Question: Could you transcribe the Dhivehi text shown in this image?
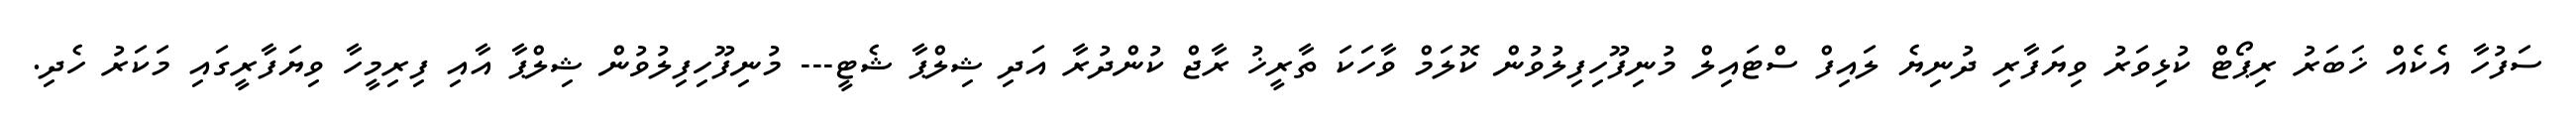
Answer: ސަފުހާ އެކެއް ޚަބަރު ރިޕޯޓް ކުޅިވަރު ވިޔަފާރި ދުނިޔެ ލައިފް ސްޓައިލް މުނިފޫހިފިލުވުން ކޮލަމް ވާހަކަ ތާރީޚު ރާޖް ކުންދުރާ އަދި ޝިލްޕާ ޝެޓީ--- މުނިފޫހިފިލުވުން ޝިލްޕާ އާއި ފިރިމީހާ ވިޔަފާރީގައި މަކަރު ހެދި.